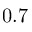
0 . 7